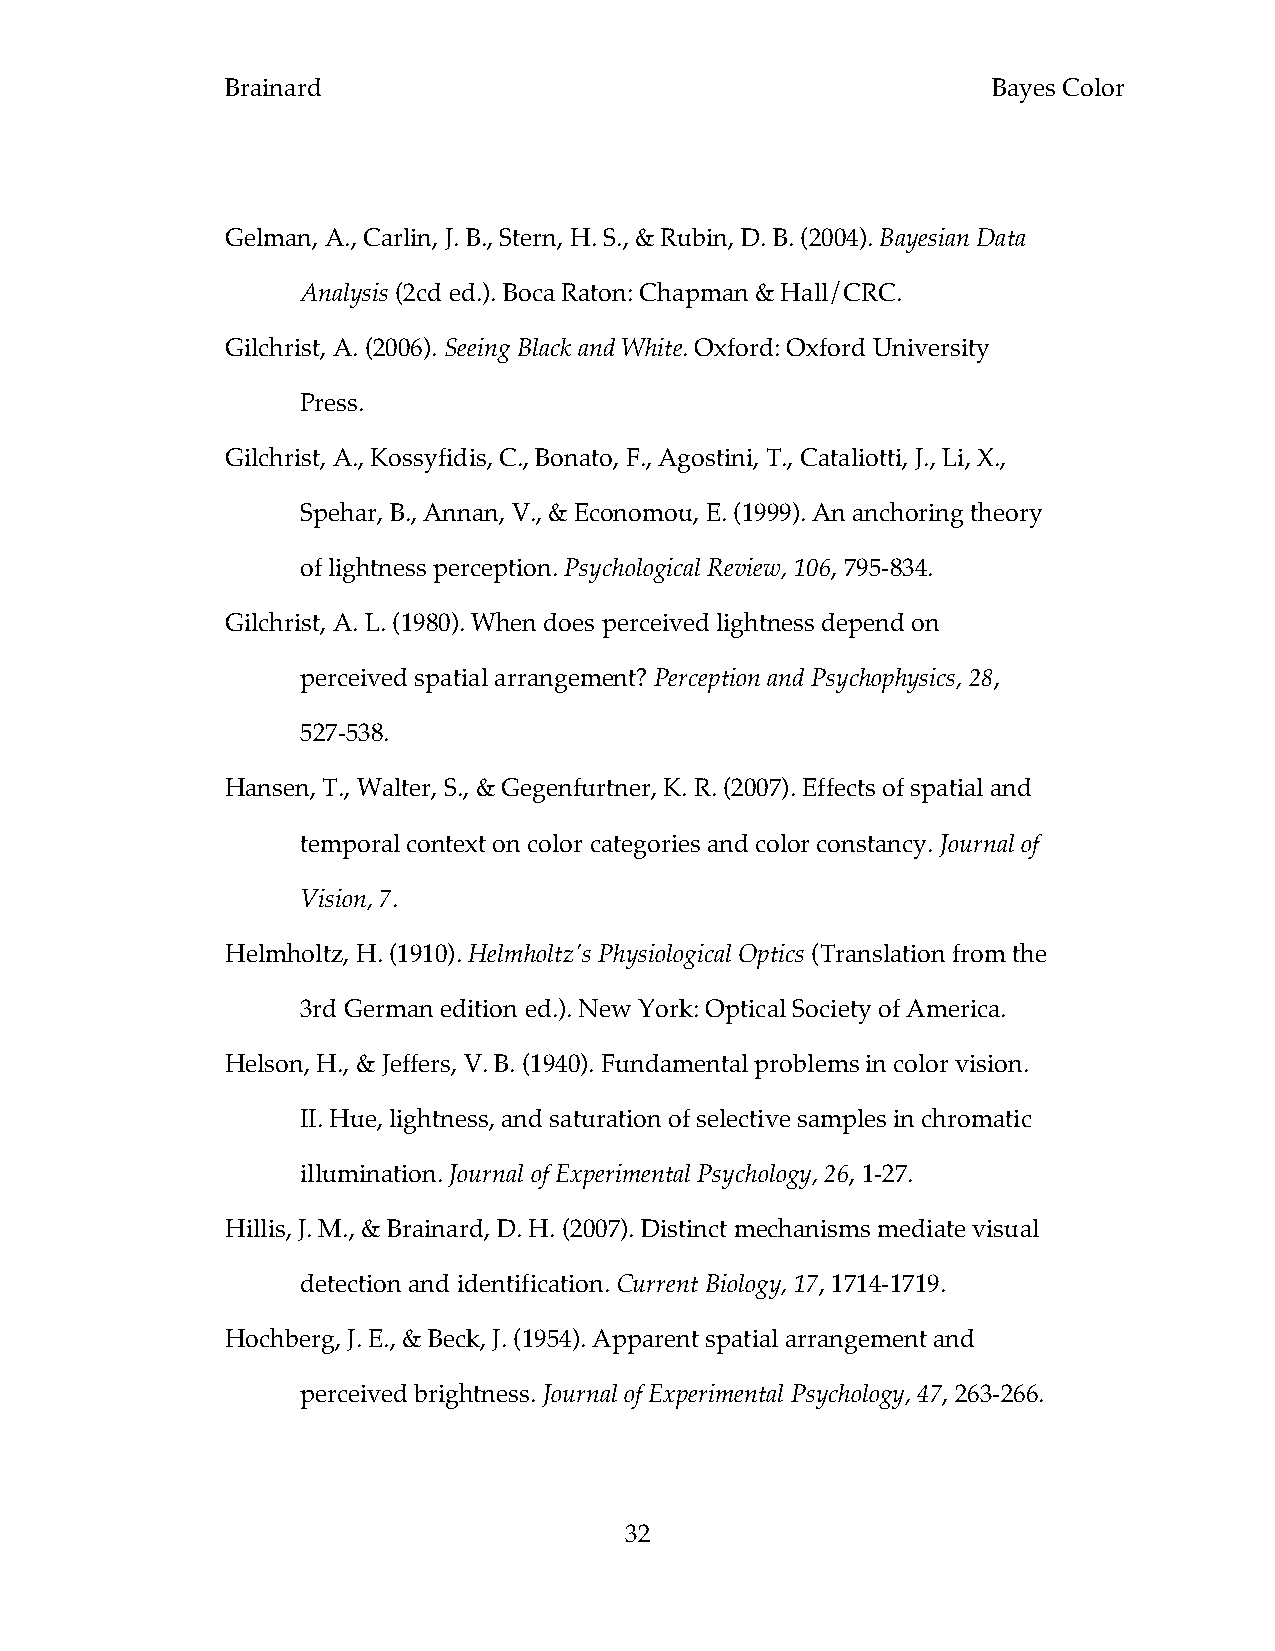
Brainard                                           Bayes Color
 Gelman, A., Carlin, J. B., Stern, H. S., & Rubin, D. B. (2004). Bayesian Data
 Analysis (2cd ed.). Boca Raton: Chapman & Hall/CRC.
 Gilchrist, A. (2006). Seeing Black and White. Oxford: Oxford University
 Press.
 Gilchrist, A., Kossyfidis, C., Bonato, F., Agostini, T., Cataliotti, J., Li, X.,
 Spehar, B., Annan, V., & Economou, E. (1999). An anchoring theory
 of lightness perception. Psychological Review, 106, 795-834.
 Gilchrist, A. L. (1980). When does perceived lightness depend on
 perceived spatial arrangement? Perception and Psychophysics, 28,
 527-538.
 Hansen, T., Walter, S., & Gegenfurtner, K. R. (2007). Effects of spatial and
 temporal context on color categories and color constancy. Journal of
 Vision, 7.
 Helmholtz, H. (1910). Helmholtz's Physiological Optics (Translation from the
 3rd German edition ed.). New York: Optical Society of America.
 Helson, H., & Jeffers, V. B. (1940). Fundamental problems in color vision.
 II. Hue, lightness, and saturation of selective samples in chromatic
 illumination. Journal of Experimental Psychology, 26, 1-27.
 Hillis, J. M., & Brainard, D. H. (2007). Distinct mechanisms mediate visual
 detection and identification. Current Biology, 17, 1714-1719.
 Hochberg, J. E., & Beck, J. (1954). Apparent spatial arrangement and
 perceived brightness. Journal of Experimental Psychology, 47, 263-266.
 32